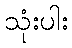
သုံးပါး